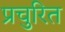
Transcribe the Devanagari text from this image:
प्रचुरित